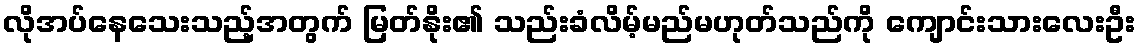
လိုအပ်နေသေးသည့်အတွက် မြတ်နိုး၏ သည်းခံလိမ့်မည်မဟုတ်သည်ကို ကျောင်းသားလေးဦး